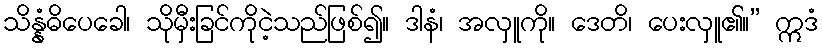
သိန္နံဓိပေခေါ၊ သိုမှီးခြင်ကိုငဲ့သည်ဖြစ်၍။ ဒါနံ၊ အလှူကို။ ဒေတိ၊ ပေးလှူ၏။” ဣဒံ